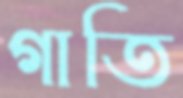
গাতি